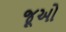
જૂઓ